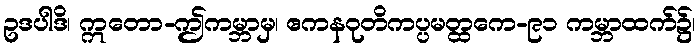
ဥဒပါဒိ၊ ဣတော-ဤကမ္ဘာမှ၊ ဧကနဝုတိကပ္ပမတ္ထကေ-၉၁ ကမ္ဘာထက်၌၊